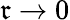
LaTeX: \mathfrak{r}\to0